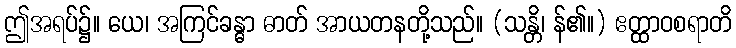
ဤအရပ်၌။ ယေ၊ အကြင်ခန္ဓာ ဓာတ် အာယတနတို့သည်။ (သန္တိ၊ န်၏။) ဧတ္ထာဝစရာတိ